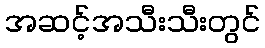
အဆင့်အသီးသီးတွင်